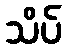
သိပ်